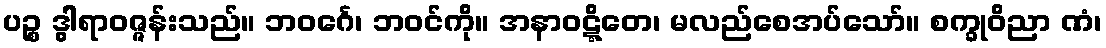
ပဉ္စ ဒွါရာဝဇ္ဇန်းသည်။ ဘဝင်္ဂေ၊ ဘဝင်ကို။ အနာဝဋ္ဋိတေ၊ မလည်စေအပ်သော်။ စက္ခုဝိညာ ဏံ၊